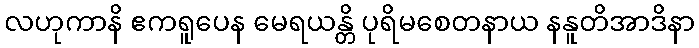
လဟုကာနိ ဧကရူပေန မေရယန္တိ ပုရိမစေတနာယ နနူတိအာဒိနာ